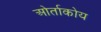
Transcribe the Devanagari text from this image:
ओर्ताकोय